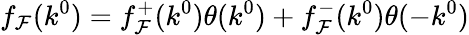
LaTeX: f_{\mathcal{F}}(k^{0})=f_{\mathcal{F}}^{+}(k^{0})\theta(k^{0})+f_{\mathcal{F}}^{-}(k^{0})\theta(-k^{0})